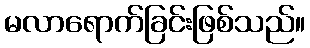
မလာရောက်ခြင်းဖြစ်သည်။